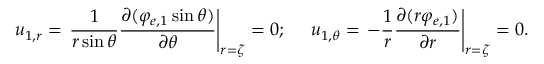
u _ { 1 , r } = \left. \frac { 1 } { r \sin \theta } \frac { \partial ( \varphi _ { e , 1 } \sin \theta ) } { \partial \theta } \right| _ { r = \zeta } = 0 ; ~ ~ ~ ~ u _ { 1 , \theta } = \left. - \frac { 1 } { r } \frac { \partial ( r \varphi _ { e , 1 } ) } { \partial r } \right| _ { r = \zeta } = 0 .